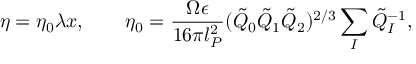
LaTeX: \eta = \eta _ { 0 } \lambda x , \qquad \eta _ { 0 } = \frac { \Omega \epsilon } { 1 6 \pi l _ { P } ^ { 2 } } ( \tilde { Q } _ { 0 } \tilde { Q } _ { 1 } \tilde { Q } _ { 2 } ) ^ { 2 / 3 } \sum _ { I } \tilde { Q } _ { I } ^ { - 1 } ,